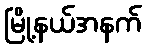
မြို့နယ်အနက်